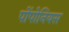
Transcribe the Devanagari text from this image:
पोंपोनियस